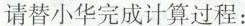
请替小华完成计算过程：